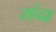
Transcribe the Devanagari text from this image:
रहंदा